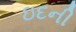
ઇદની